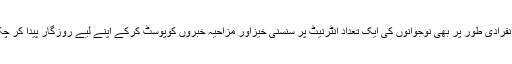
آج کل انفرادی طور پر بھی نوجوانوں کی ایک تعداد انٹرنیٹ پر سنسنی خیزاور مزاحیہ خبروں کوپوسٹ کرکے اپنے لیے روزگار پیدا کر چکی ہے۔